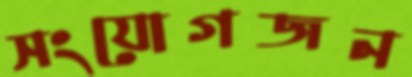
সংযোগজন